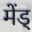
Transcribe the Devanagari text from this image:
मेंड्